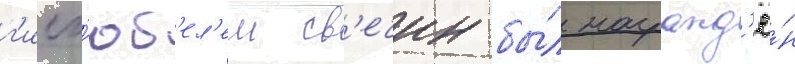
г'исг'юб'ел'ем св'ечин бы́л награжд'ё́н